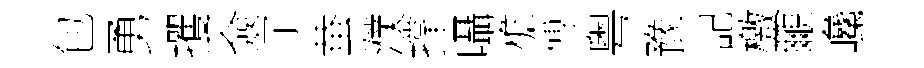
包勇攫僉子蛬濮撑囁檐傅粤豫記檄覼巉